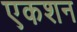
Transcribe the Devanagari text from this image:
एकशन